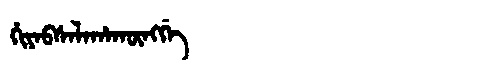
Manchu: ᡥᡳᠶᠠᠪᠰᠠᠯᠠᡥᠠᡴᡡᠩᡤᡝ
Romanization: HIYABSALAHAKŪNGGE